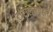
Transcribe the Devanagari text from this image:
टांटालमपेक्षा